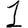
Digit: 1